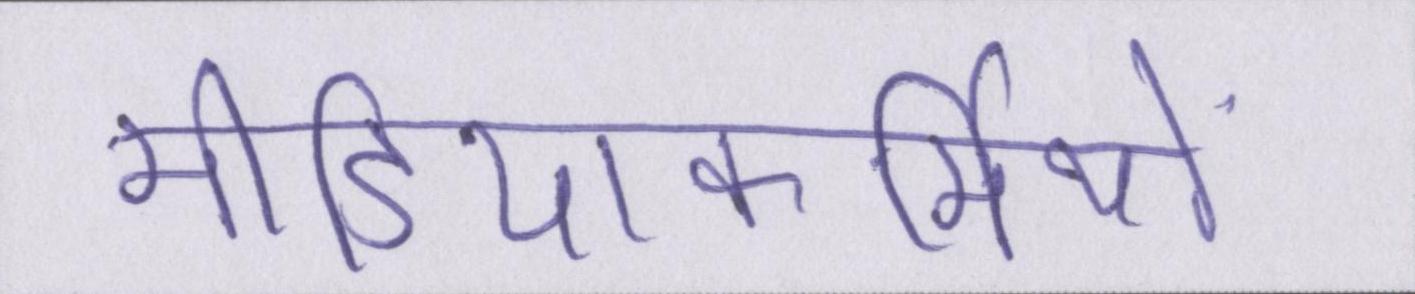
मीडियाकर्मियों